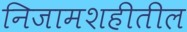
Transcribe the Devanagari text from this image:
निजामशहीतील